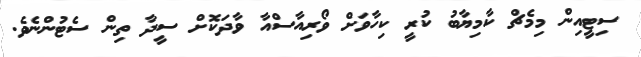
ސިޓީއިން މިމެޗް ކާމިޔާބު ކުރީ ކިހާވަށް ވޯރިއާސްއާ ވާދަކޮށް ސީދާ ތިން ސެޓުންނެވެ.